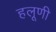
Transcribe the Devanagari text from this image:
हलूणी